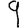
Digit: 9